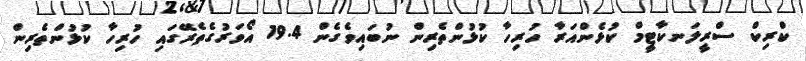
ކްރިކް ސްރީލަނކާޓީމް ކުޅެންއަރާ ހުރިހާ ކުޅުންތެރިން ނުބައިވެގެން 19.4 އޯވަރުގެތެރޭގައި ހުރިހާ ކުޅުންތެރިން